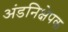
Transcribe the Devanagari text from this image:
अंडनिक्षेपक